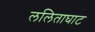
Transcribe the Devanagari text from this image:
ललिताघाट